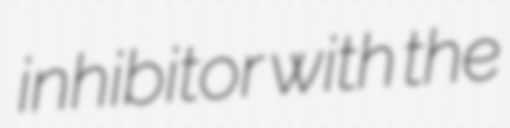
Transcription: inhibitor with the